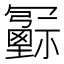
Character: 𠖦